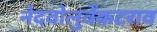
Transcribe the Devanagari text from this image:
नेदवोलुवेंकटराव